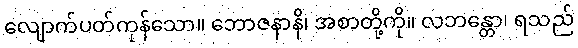
လျောက်ပတ်ကုန်သော။ ဘောဇနာနိ၊ အစာတို့ကို။ လဘန္တော၊ ရသည်